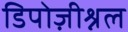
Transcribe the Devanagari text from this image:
डिपोज़ीश्नल